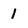
Character: 1